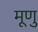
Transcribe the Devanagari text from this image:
मूणु